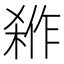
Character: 𭫇